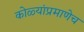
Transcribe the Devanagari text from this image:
कोळ्यांप्रमाणेच